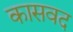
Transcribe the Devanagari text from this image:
कासवद